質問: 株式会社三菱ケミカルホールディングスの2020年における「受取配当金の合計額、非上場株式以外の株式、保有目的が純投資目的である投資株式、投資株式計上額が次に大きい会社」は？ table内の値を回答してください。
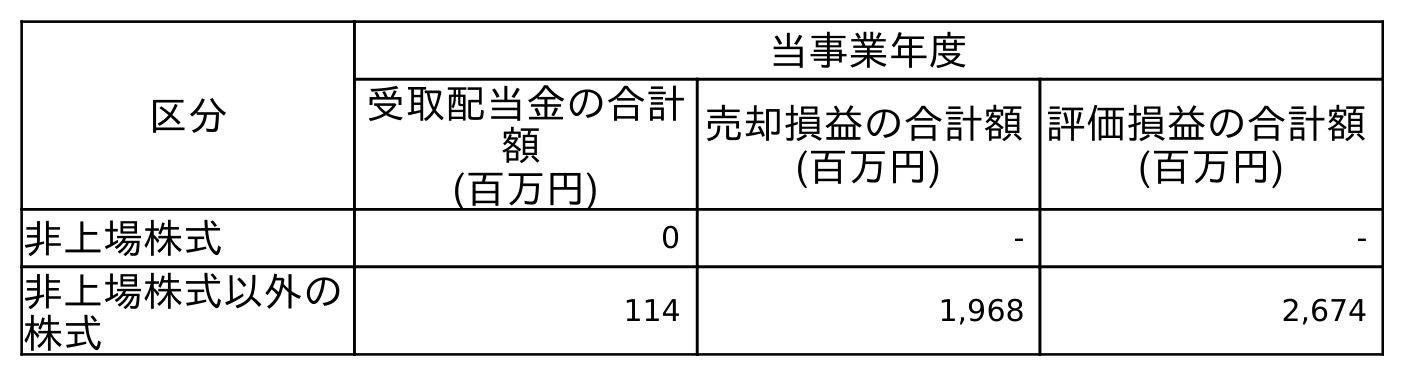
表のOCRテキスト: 区分 当事業年度 受取配当金の合計 額 (百万円) 売却損益の合計額 (百万円) 評価損益の合計額 (百万円) 非上場株式 0 - - 非上場株式以外の 株式 114 1,968 2,674
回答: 114